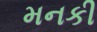
મનકી